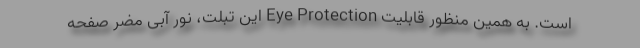
است. به همین منظور قابلیت Eye Protection این تبلت، نور آبی مضر صفحه